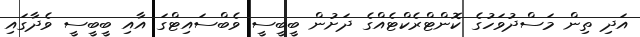
އަދި ތިން މަސްދުވަހުގެ ކޮންޓްރެކްޓެއްގެ ދަށުން ބީބީސީ ވެބްސައިޓްގަ އާއި ބީބީސީ ވެދާގައި